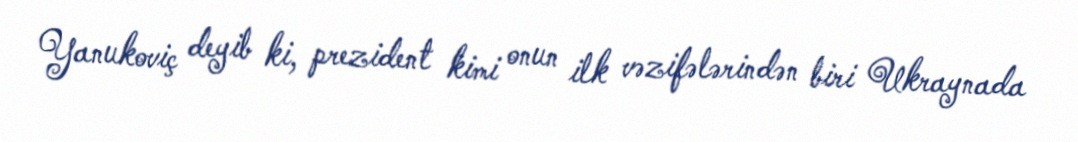
Yanukoviç deyib ki, prezident kimi onun ilk vəzifələrindən biri Ukraynada